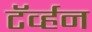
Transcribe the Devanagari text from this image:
टॅर्व्हन